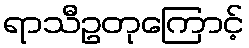
ရာသီဥတုကြောင့်